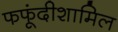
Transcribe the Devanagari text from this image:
फफूंदीशामिल